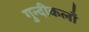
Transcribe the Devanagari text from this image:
गुन्दीकलाँ